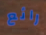
رائع